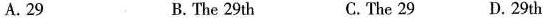
A.29 B. The 29th C.The 29 D.29th